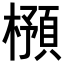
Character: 𣛿